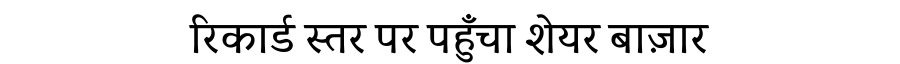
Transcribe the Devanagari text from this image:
रिकार्ड स्तर पर पहुँचा शेयर बाज़ार